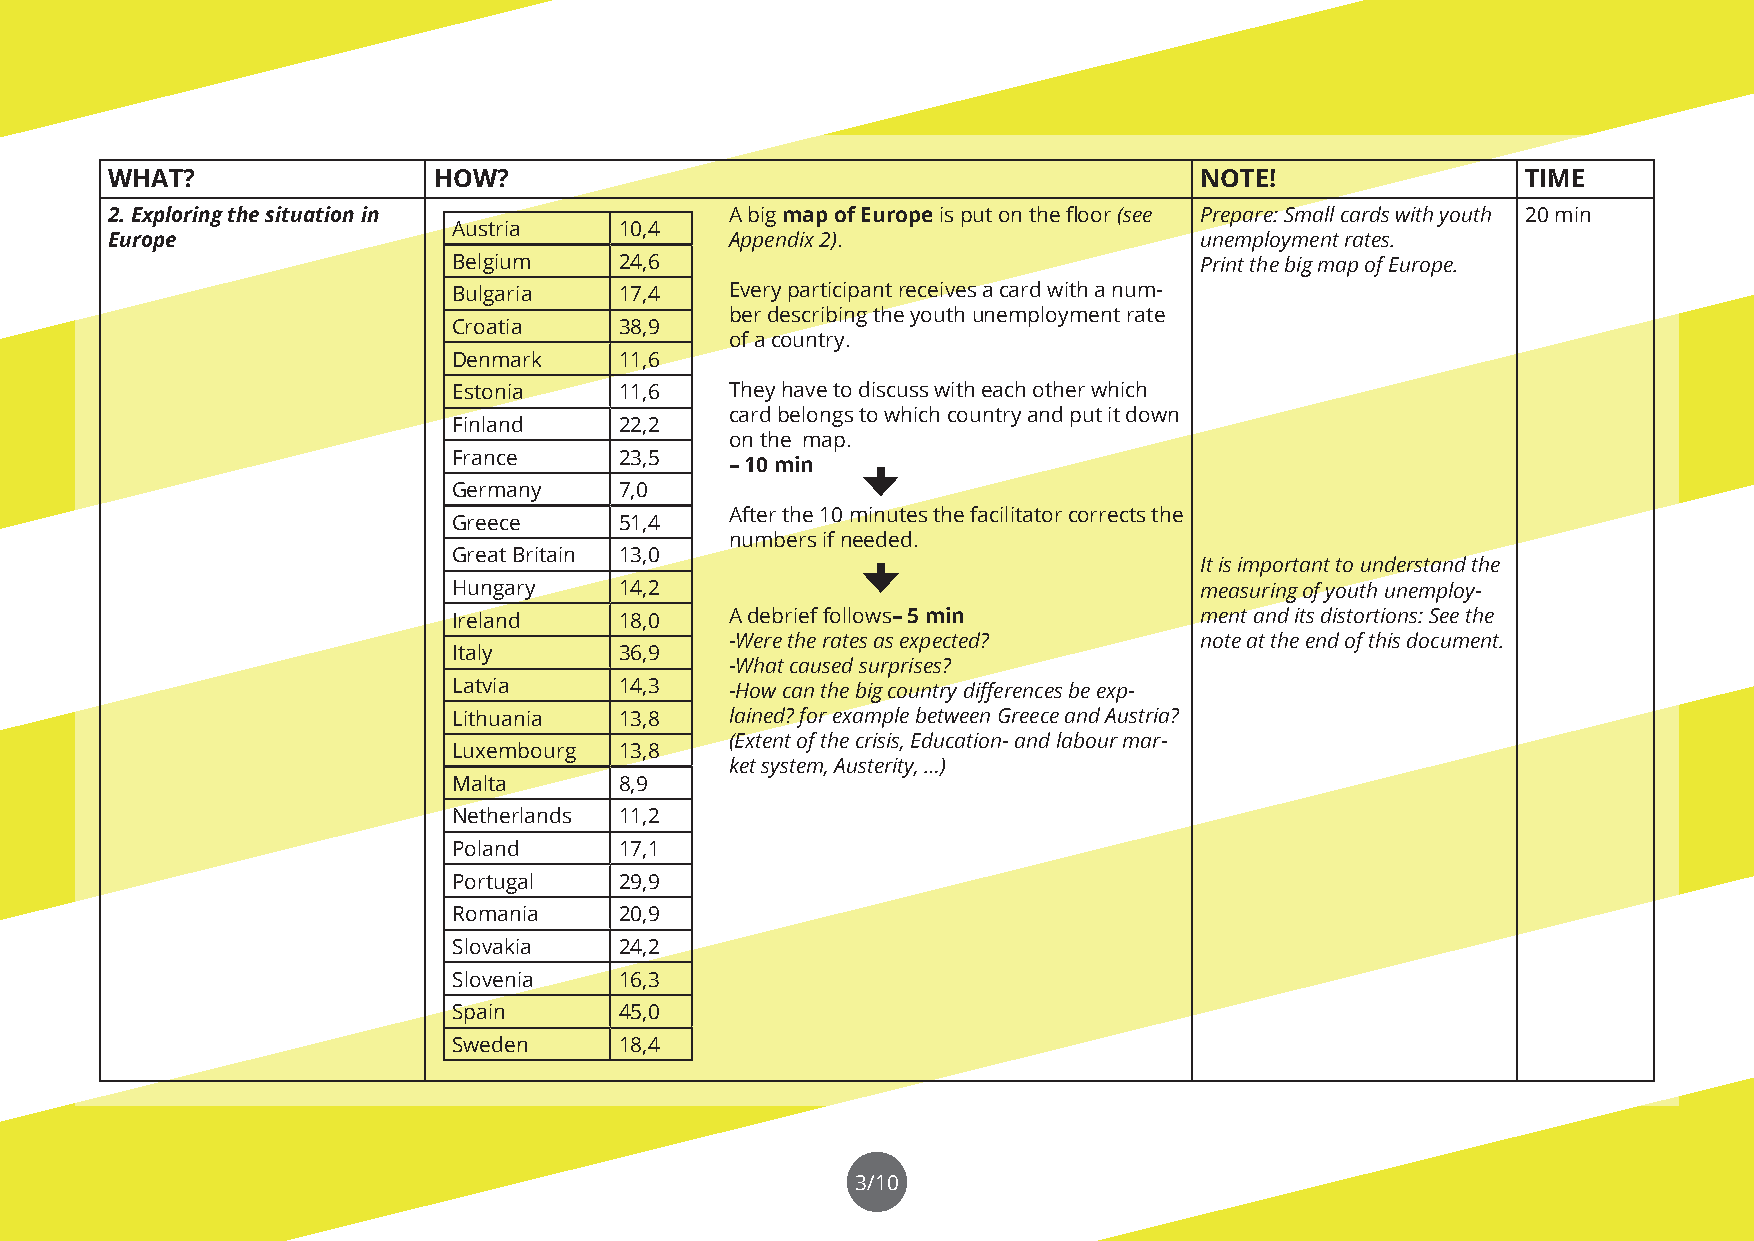
WHAT?                 HOW?                                              NOTE!                 TIME
 2. Exploring the situation in            A big map of Europe is put on the floor (see Prepare: Small cards with youth 20 min
 Austria    10,4
 Europe                                   Appendix 2).                   unemployment rates.
 Belgium    24,6                                  Print the big map of Europe.
 Bulgaria   17,4   Every participant receives a card with a num-
 ber describing the youth unemployment rate
 Croatia    38,9
 of a country.
 Denmark    11,6
 Estonia    11,6   They have to discuss with each other which
 card belongs to which country and put it down
 Finland    22,2
 on the map.
 France     23,5
 – 10 min
 Germany    7,0
 After the 10 minutes the facilitator corrects the
 Greece     51,4
 numbers if needed.
 Great Britain 13,0
 It is important to understand the
 Hungary    14,2                                  measuring of youth unemploy-
 Ireland    18,0   A debrief follows– 5 min       ment and its distortions: See the
 -Were the rates as expected?   note at the end of this document.
 Italy      36,9
 -What caused surprises?
 Latvia     14,3   -How can the big country differences be exp-
 Lithuania  13,8   lained? for example between Greece and Austria?
 (Extent of the crisis, Education- and labour mar-
 Luxembourg 13,8
 ket system, Austerity, …)
 Malta      8,9
 Netherlands 11,2
 Poland     17,1
 Portugal   29,9
 Romania    20,9
 Slovakia   24,2
 Slovenia   16,3
 Spain      45,0
 Sweden     18,4
 3/10